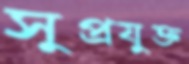
সুপ্রযুক্ত